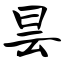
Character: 昙